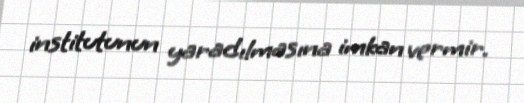
institutunun yaradılmasına imkan vermir.